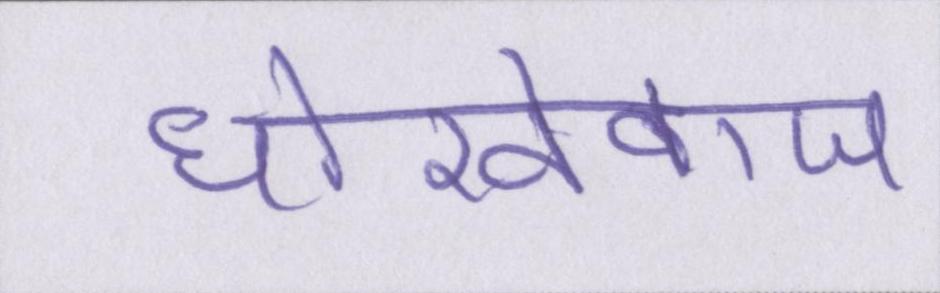
धोखेबाज